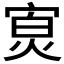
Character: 𪧖